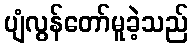
ပျံလွန်တော်မူခဲ့သည်